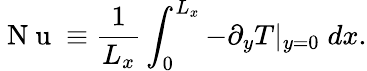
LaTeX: \mathrm{~N~u~}\equiv\frac{1}{L_{x}}\int_{0}^{L_{x}}-\partial_{y}T|_{y=0}\; dx.